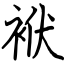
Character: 袱